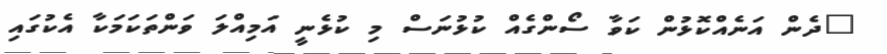
"ދެން އަނެއްކޮޅުން ކަވާ ސޯންގެއް ކުޅުނަސް މި ކުޅެނީ އަމިއްލަ ވަންތަކަމަކާ އެކުގައި